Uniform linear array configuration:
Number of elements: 32
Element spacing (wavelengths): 0.5
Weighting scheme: exponential
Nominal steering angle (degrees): -15
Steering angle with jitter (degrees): -15.897
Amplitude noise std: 0.05
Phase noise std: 0.05

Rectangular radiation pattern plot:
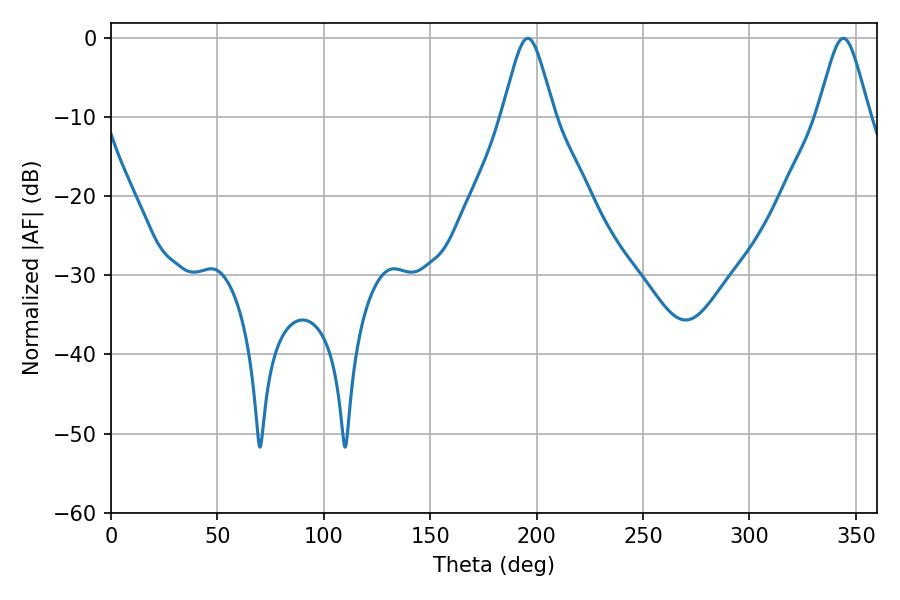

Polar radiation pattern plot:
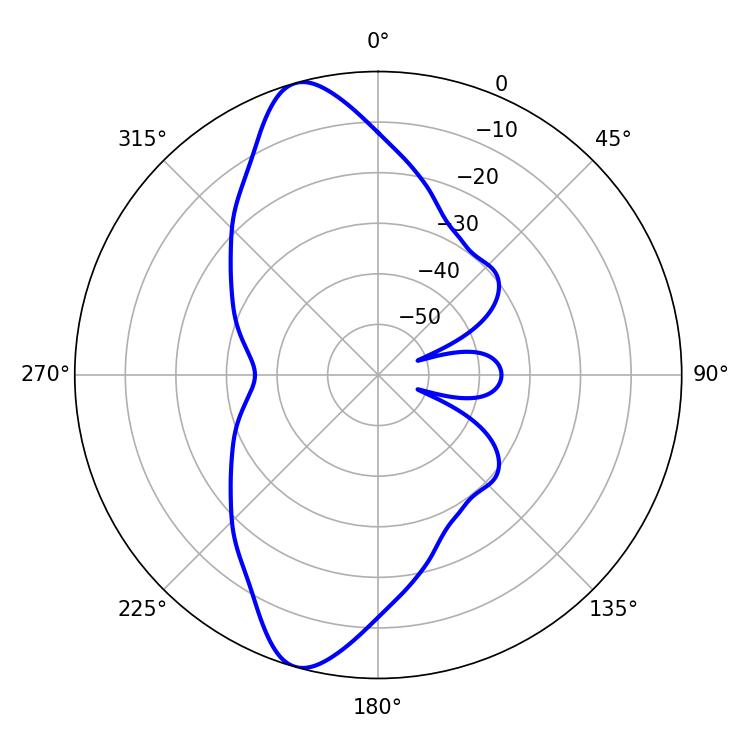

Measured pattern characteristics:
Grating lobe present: FALSE
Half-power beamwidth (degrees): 11.88
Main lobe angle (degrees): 195.84